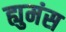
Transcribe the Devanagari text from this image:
ह्युमंस